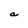
Character: a